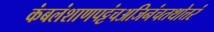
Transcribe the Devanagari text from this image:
कंबलंशाणपट्टंचअजिनंचतथोत्तरं